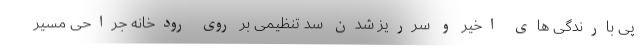
پی بارندگی های اخیر و سرریز شدن سد تنظیمی بر روی رودخانه جراحی مسیر